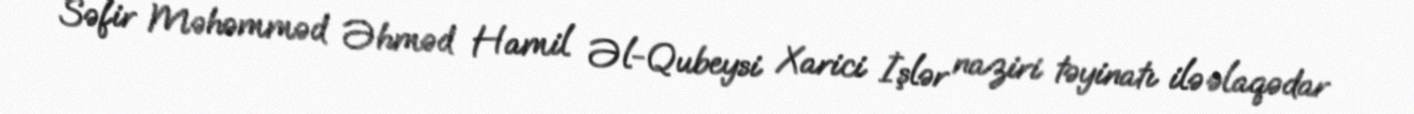
Səfir Məhəmməd Əhməd Hamil Əl-Qubeysi Xarici İşlər naziri təyinatı ilə əlaqədar